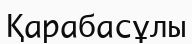
Қарабасұлы